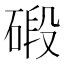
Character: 碫